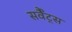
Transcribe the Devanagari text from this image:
सर्वैंट्स